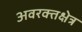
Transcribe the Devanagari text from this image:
अवरक्तक्षेत्र